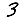
Digit: 3